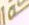
ة